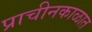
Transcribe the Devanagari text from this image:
प्राचीनकाळात